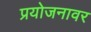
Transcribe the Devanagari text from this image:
प्रयोजनावर